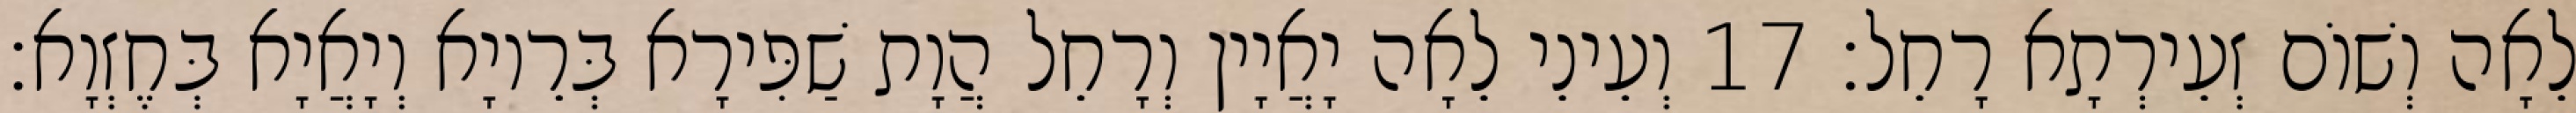
לֵאָה וְשׁוֹם זְעֵירְתָא רָחֵל׃ 17 וְעֵינֵי לֵאָה יָאֲיָין וְרָחֵל הֲוָת שַׁפִּירָא בְּרֵיוָא וְיָאֲיָא בְּחֶזְוָא׃